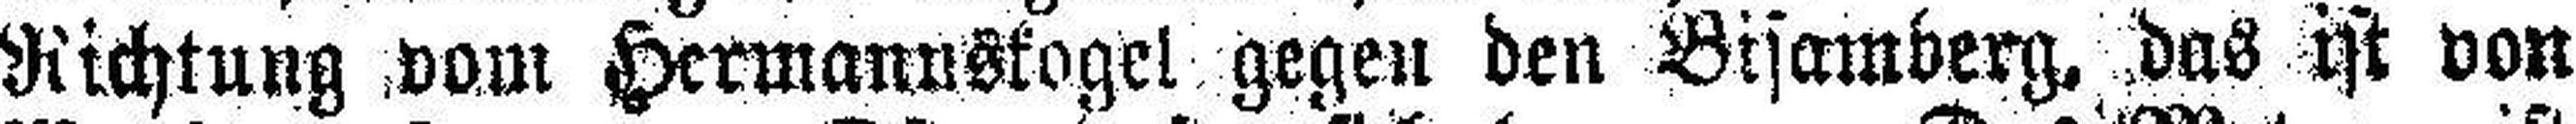
Richtung vom Hermannskogel gegen den Bisamberg, das ist von